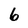
Character: 6